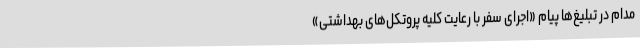
مدام در تبلیغ‌ها پیامِ «اجرای سفر با رعایت کلیه پروتکل‌های بهداشتی»